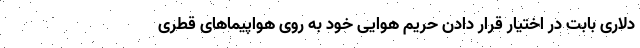
دلاری بابت در اختیار قرار دادن حریم هوایی خود به روی هواپیماهای قطری